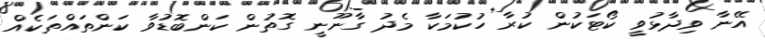
އޭނާ ވިދާޅުވީ ކޯޓަކުން ކުރާ ހުކުމަކާ މެދު ގާނޫނީ ގޮތުން ކަންބޮޑުވާ ކަންތައްތަކެއް